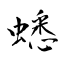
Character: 蟋